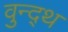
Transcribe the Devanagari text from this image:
वुन्द्थ